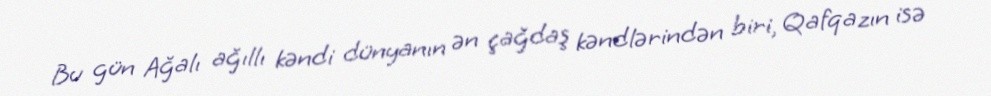
Bu gün Ağalı ağıllı kəndi dünyanın ən çağdaş kəndlərindən biri, Qafqazın isə